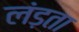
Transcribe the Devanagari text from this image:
लंड़ता